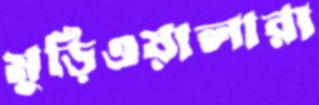
মুড়িওয়ালারা